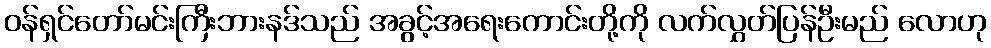
ဝန်ရှင်တော်မင်းကြီးဘားနဒ်သည် အခွင့်အရေးကောင်းတို့ကို လက်လွှတ်ပြန်ဦးမည် လောဟု